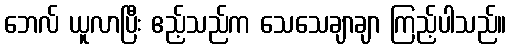
ဘေလ် ယူလာပြီး ဧည့်သည်က သေသေချာချာ ကြည့်ပါသည်။